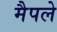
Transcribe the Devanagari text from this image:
मैपले